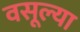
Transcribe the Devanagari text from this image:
वसूल्या